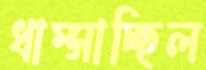
ধাম্‌সাচ্ছিল